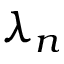
\lambda _ { n }